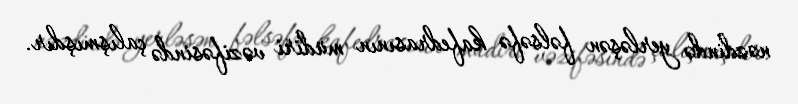
nəzdində yerləşən fəlsəfə kafedrasının müdiri vəzifəsində çalışmışdır.